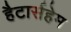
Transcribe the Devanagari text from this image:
हैटार्सहेम